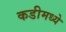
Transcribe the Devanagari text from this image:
कडीमध्ये